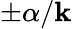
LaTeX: \pm\alpha/\mathbf{k}